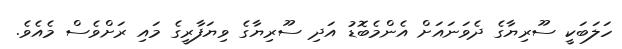
ހަލަބަކީ ސޫރިޔާގެ ދެވަނައަށް އެންމެބޮޑު އަދި ސޫރިޔާގެ ވިޔަފާރީގެ މައި ރަށްވެސް މެއެވެ.